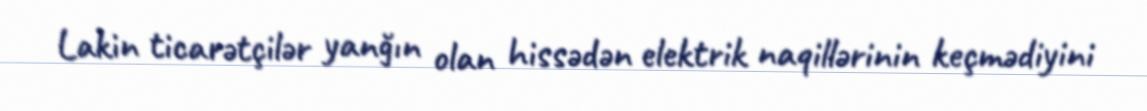
Lakin ticarətçilər yanğın olan hissədən elektrik naqillərinin keçmədiyini